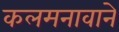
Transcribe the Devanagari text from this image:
कलमनावाने